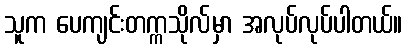
သူက ပေကျင်းတက္ကသိုလ်မှာ အလုပ်လုပ်ပါတယ်။